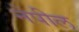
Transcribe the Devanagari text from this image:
नेपील